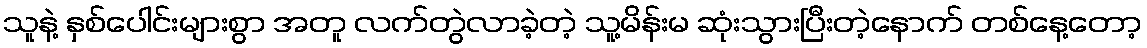
သူနဲ့ နှစ်ပေါင်းများစွာ အတူ လက်တွဲလာခဲ့တဲ့ သူ့မိန်းမ ဆုံးသွားပြီးတဲ့နောက် တစ်နေ့တော့